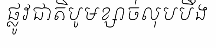
ផ្លូវជាតិបូមខ្សាច់លុបបឹង